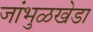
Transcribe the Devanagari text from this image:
जांभुळखेडा